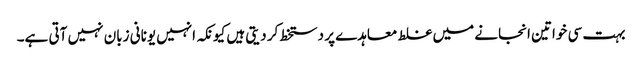
بہت سی خواتین انجانے میں غلط معاہدے پر دستخط کر دیتی ہیں کیونکہ انہیں یونانی زبان نہیں آتی ہے۔